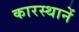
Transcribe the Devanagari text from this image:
कारस्थानें